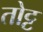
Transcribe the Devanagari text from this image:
तोट्ट